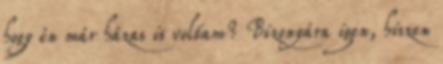
hogy én már házas is voltam? Bizonyára igen, hiszen